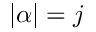
| \alpha | = j